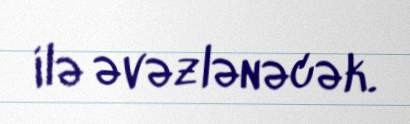
ilə əvəzlənəcək.